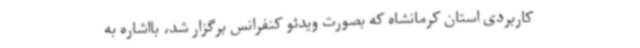
کاربردی استان کرمانشاه که بصورت ویدئو کنفرانس برگزار شد، بااشاره به